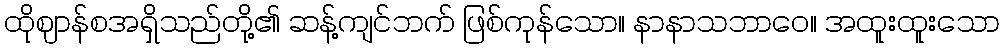
ထိုဈာန်စအရှိသည်တို့၏ ဆန့်ကျင်ဘက် ဖြစ်ကုန်သော။ နာနာသဘာဝေ။ အထူးထူးသော